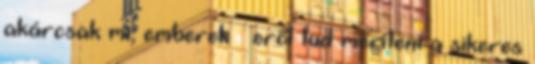
akárcsak mi, emberek – erőt tud meríteni a sikeres